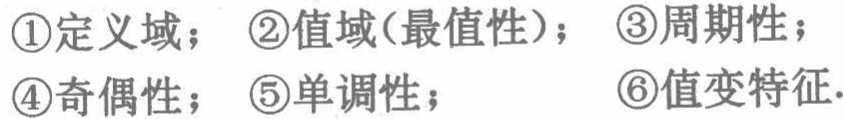
\textcircled{1}定义域；\textcircled{2}值域(最值性)；\textcircled{3}周期性；

\textcircled{4}奇偶性；\textcircled{5}单调性；\textcircled{6}值变特征.